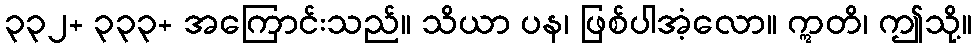
၃၃၂+ ၃၃၃+ အကြောင်းသည်။ သိယာ ပန၊ ဖြစ်ပါအံ့လော။ ဣတိ၊ ဤသို့။